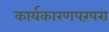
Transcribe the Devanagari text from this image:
कार्यकारणपरंपरा